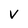
Character: V